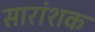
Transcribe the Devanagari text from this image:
सारांशक